Indian journal of veterinary science and animal husbandry - Volume 10,
Year: 1940
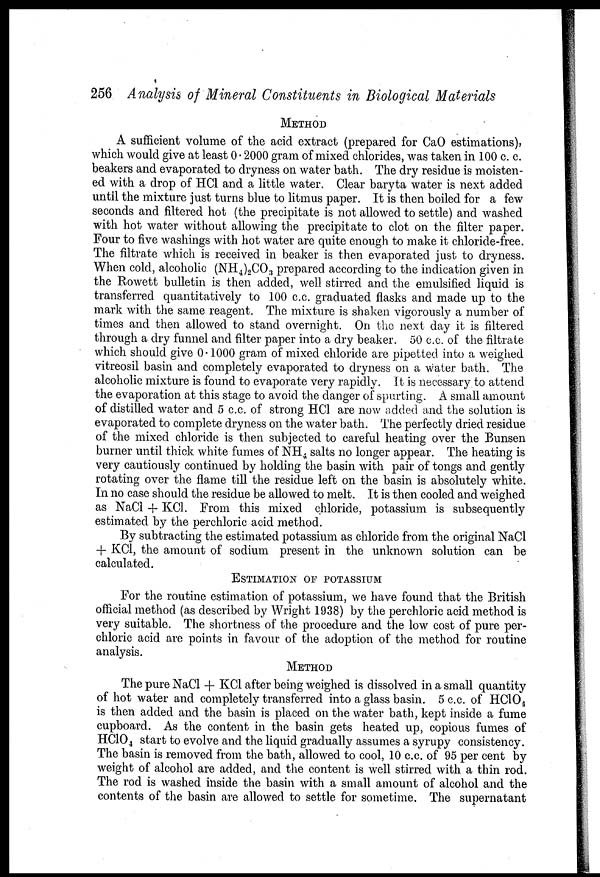
256 Analysis of Mineral Constituents in Biological Materials
METHOD
A sufficient volume of the acid extract (prepared for CaO estimations),
which would give at least 0.2000 gram of mixed chlorides, was taken in 100 c. c.
beakers and evaporated to dryness on water bath. The dry residue is moisten-
ed with a drop of HC1 and a little water. Clear baryta water is next added
until the mixture just turns blue to litmus paper. It is then boiled for a few
seconds and filtered hot (the precipitate is not allowed to settle) and washed
with hot water without allowing the precipitate to clot on the filter paper.
Four to five washings with hot water are quite enough to make it chloride-free.
The filtrate which is received in beaker is then evaporated just to dryness.
When cold, alcoholic (NH 4 ) 2 CO 3 prepared according to the indication given in
the Rowett bulletin is then added, well stirred and the emulsified liquid is
transferred quantitatively to 100 c.c. graduated flasks and made up to the
mark with the same reagent. The mixture is shaken vigorously a number of
times and then allowed to stand overnight. On the next day it is filtered
through a dry funnel and filter paper into a dry beaker. 50 c.c. of the filtrate
which should give 0.1000 gram of mixed chloride are pipetted into a weighed
vitreosil basin and completely evaporated to dryness on a water bath. The
alcoholic mixture is found to evaporate very rapidly. It is necessary to attend
the evaporation at this stage to avoid the danger of spurting. A small amount
of distilled water and 5 c.c. of strong HCl are now added and the solution is
evaporated to complete dryness on the water bath. The perfectly dried residue
of the mixed chloride is then subjected to careful heating over the Bunsen
burner until thick white fumes of NH 4 salts no longer appear. The heating is
very cautiously continued by holding the basin with pair of tongs and gently
rotating over the flame till the residue left on the basin is absolutely white.
In no case should the residue be allowed to melt. It is then cooled and weighed
as NaCl + KCl. From this mixed chloride, potassium is subsequently
estimated by the perchloric acid method.
By subtracting the estimated potassium as chloride from the original NaCl
+ KCl, the amount of sodium present in the unknown solution can be
calculated.
ESTIMATION OF POTASSIUM
For the routine estimation of potassium, we have found that the British
official method (as described by Wright 1938) by the perchloric acid method is
very suitable. The shortness of the procedure and the low cost of pure per-
chloric acid are points in favour of the adoption of the method for routine
analysis.
METHOD
The pure NaCl + KCl after being weighed is dissolved in a small quantity
of hot water and completely transferred into a glass basin. 5 c.c. of HClO 4
is then added and the basin is placed on the water bath, kept inside a fume
cupboard. As the content in the basin gets heated up, copious fumes of
HClO 4 start to evolve and the liquid gradually assumes a syrupy consistency.
The basin is removed from the bath, allowed to cool, 10 c.c. of 95 per cent by
weight of alcohol are added, and the content is well stirred with a thin rod.
The rod is washed inside the basin with a small amount of alcohol and the
contents of the basin are allowed to settle for sometime. The supernatant